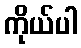
ကိုယ်ပါ